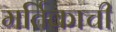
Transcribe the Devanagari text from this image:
मर्तिकाची